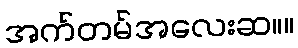
အက်တမ်အလေးဆ။။